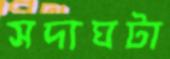
সদ্যঘটা